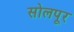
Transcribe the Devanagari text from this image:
सोलपूर